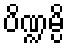
ပိဏ္ဍမ္ပိ